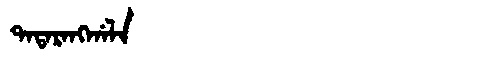
Manchu: ᡨᠠᡨᠠᡵᠠᠩᡤᠠᠯᠠ
Romanization: TATARANGGALA